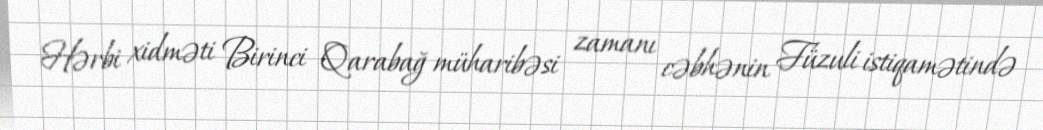
Hərbi xidməti Birinci Qarabağ müharibəsi zamanı cəbhənin Füzuli istiqamətində